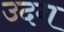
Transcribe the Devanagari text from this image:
उदग